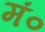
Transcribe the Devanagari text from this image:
मं०